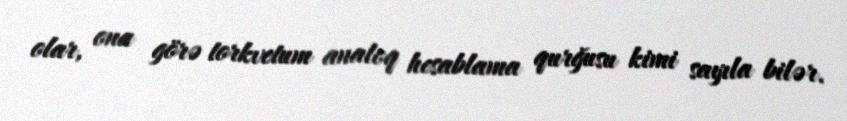
olar, ona görə torkvetum analoq hesablama qurğusu kimi sayıla bilər.